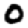
Digit: 0